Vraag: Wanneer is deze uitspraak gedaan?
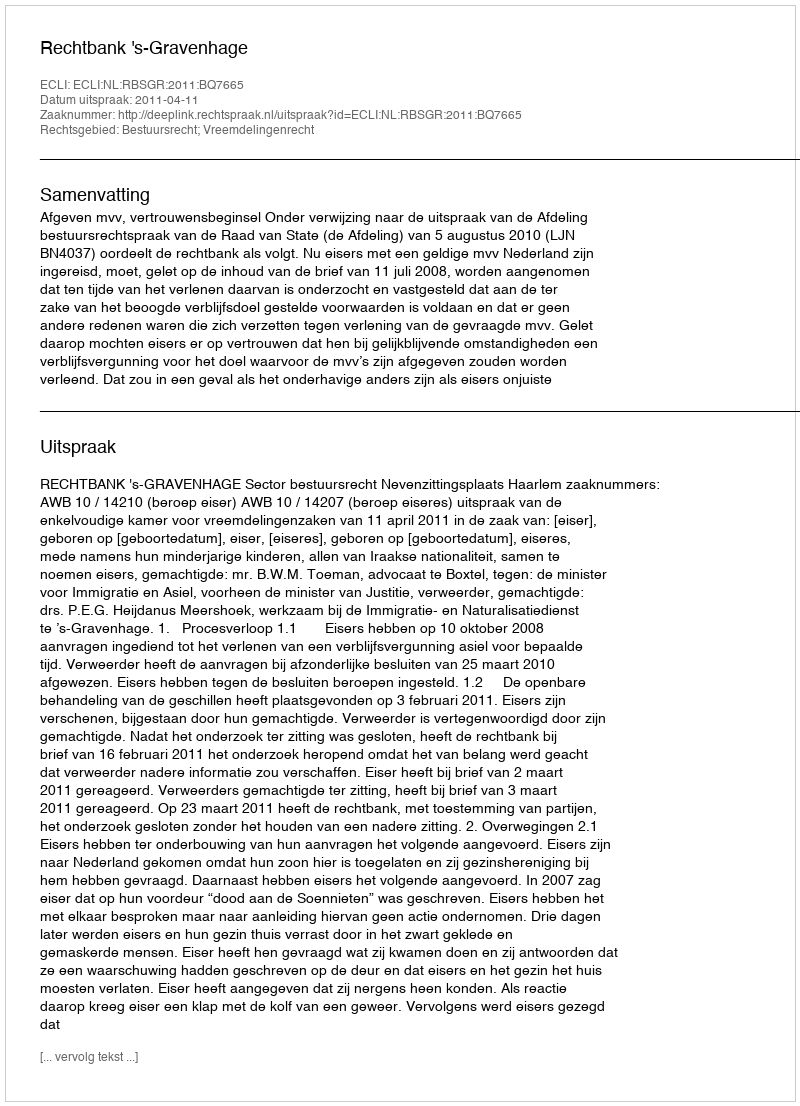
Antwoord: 2011-04-11